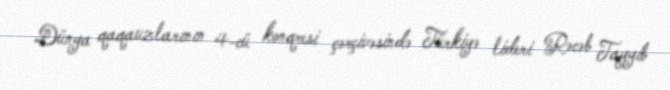
Dünya qaqauzlarının 4-cü konqresi çərçivəsində Türkiyə lideri Rəcəb Tayyib